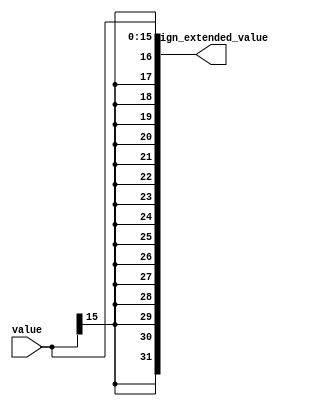
`timescale 1ns / 1ps

module sign_extend(
	input[15:0] value,
	output[31:0] sign_extended_value
	);
	
	assign sign_extended_value = {{16{value[15]}}, value[15:0]};
	
endmodule